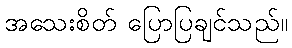
အသေးစိတ် ပြောပြချင်သည်။